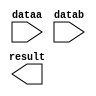
// megafunction wizard: %LPM_MULT%VBB%
// GENERATION: STANDARD
// VERSION: WM1.0
// MODULE: lpm_mult 

// ============================================================
// Megafunction Name(s):
// 			lpm_mult
//
// Simulation Library Files(s):
// 			lpm
// ============================================================
// ************************************************************
// THIS IS A WIZARD-GENERATED FILE. DO NOT EDIT THIS FILE!
//
// 18.0.0 Build 614 04/24/2018 SJ Lite Edition
// ************************************************************

//Copyright (C) 2018  Intel Corporation. All rights reserved.
//Your use of Intel Corporation's design tools, logic functions 
//and other software and tools, and its AMPP partner logic 
//functions, and any output files from any of the foregoing 
//(including device programming or simulation files), and any 
//associated documentation or information are expressly subject 
//to the terms and conditions of the Intel Program License 
//Subscription Agreement, the Intel Quartus Prime License Agreement,
//the Intel FPGA IP License Agreement, or other applicable license
//agreement, including, without limitation, that your use is for
//the sole purpose of programming logic devices manufactured by
//Intel and sold by Intel or its authorized distributors.  Please
//refer to the applicable agreement for further details.

module zmult_32 (
	dataa,
	datab,
	result);

	input	[31:0]  dataa;
	input	[16:0]  datab;
	output	[48:0]  result;

endmodule

// ============================================================
// CNX file retrieval info
// ============================================================
// Retrieval info: PRIVATE: AutoSizeResult NUMERIC "1"
// Retrieval info: PRIVATE: B_isConstant NUMERIC "0"
// Retrieval info: PRIVATE: ConstantB NUMERIC "0"
// Retrieval info: PRIVATE: INTENDED_DEVICE_FAMILY STRING "Cyclone IV E"
// Retrieval info: PRIVATE: LPM_PIPELINE NUMERIC "0"
// Retrieval info: PRIVATE: Latency NUMERIC "0"
// Retrieval info: PRIVATE: SYNTH_WRAPPER_GEN_POSTFIX STRING "0"
// Retrieval info: PRIVATE: SignedMult NUMERIC "1"
// Retrieval info: PRIVATE: USE_MULT NUMERIC "1"
// Retrieval info: PRIVATE: ValidConstant NUMERIC "0"
// Retrieval info: PRIVATE: WidthA NUMERIC "32"
// Retrieval info: PRIVATE: WidthB NUMERIC "17"
// Retrieval info: PRIVATE: WidthP NUMERIC "49"
// Retrieval info: PRIVATE: aclr NUMERIC "0"
// Retrieval info: PRIVATE: clken NUMERIC "0"
// Retrieval info: PRIVATE: new_diagram STRING "1"
// Retrieval info: PRIVATE: optimize NUMERIC "0"
// Retrieval info: LIBRARY: lpm lpm.lpm_components.all
// Retrieval info: CONSTANT: LPM_HINT STRING "DEDICATED_MULTIPLIER_CIRCUITRY=YES,MAXIMIZE_SPEED=5"
// Retrieval info: CONSTANT: LPM_REPRESENTATION STRING "SIGNED"
// Retrieval info: CONSTANT: LPM_TYPE STRING "LPM_MULT"
// Retrieval info: CONSTANT: LPM_WIDTHA NUMERIC "32"
// Retrieval info: CONSTANT: LPM_WIDTHB NUMERIC "17"
// Retrieval info: CONSTANT: LPM_WIDTHP NUMERIC "49"
// Retrieval info: USED_PORT: dataa 0 0 32 0 INPUT NODEFVAL "dataa[31..0]"
// Retrieval info: USED_PORT: datab 0 0 17 0 INPUT NODEFVAL "datab[16..0]"
// Retrieval info: USED_PORT: result 0 0 49 0 OUTPUT NODEFVAL "result[48..0]"
// Retrieval info: CONNECT: @dataa 0 0 32 0 dataa 0 0 32 0
// Retrieval info: CONNECT: @datab 0 0 17 0 datab 0 0 17 0
// Retrieval info: CONNECT: result 0 0 49 0 @result 0 0 49 0
// Retrieval info: GEN_FILE: TYPE_NORMAL zmult_32.v TRUE
// Retrieval info: GEN_FILE: TYPE_NORMAL zmult_32.inc FALSE
// Retrieval info: GEN_FILE: TYPE_NORMAL zmult_32.cmp FALSE
// Retrieval info: GEN_FILE: TYPE_NORMAL zmult_32.bsf FALSE
// Retrieval info: GEN_FILE: TYPE_NORMAL zmult_32_inst.v FALSE
// Retrieval info: GEN_FILE: TYPE_NORMAL zmult_32_bb.v TRUE
// Retrieval info: LIB_FILE: lpm